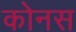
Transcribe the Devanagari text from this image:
कोनस